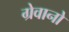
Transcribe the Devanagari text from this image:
ग्रेवानो